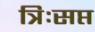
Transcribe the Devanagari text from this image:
त्रिःसप्त